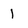
Character: l